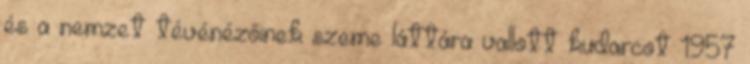
és a nemzet tévénézőinek szeme láttára vallott kudarcot 1957